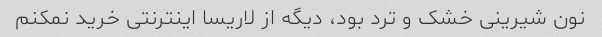
نون شیرینی خشک و ترد بود، دیگه از لاریسا اینترنتی خرید نمکنم